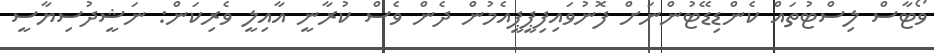
ވޯޓާސް ލިސްޓުތައް ކެންޑިޑޭޓުންނަށް ފޮނުވައިފިޕީޕީއެމުން ދެން ވެސް ކުރާނީ އާއިލީ ވެރިކަން: ނަޝީދުސިޔާސީ